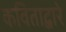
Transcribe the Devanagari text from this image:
कविताद्वारे